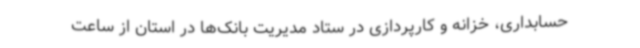
حسابداری، خزانه و کارپردازی در ستاد مدیریت بانک‌ها در استان از ساعت